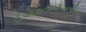
ઈએફડીએસએસ